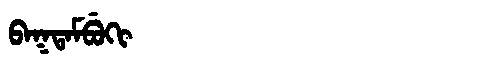
Manchu: ᠪᠠᡴᡨᠠᠮᠪᡠᡴᡳ
Romanization: BAKTAMBUKI